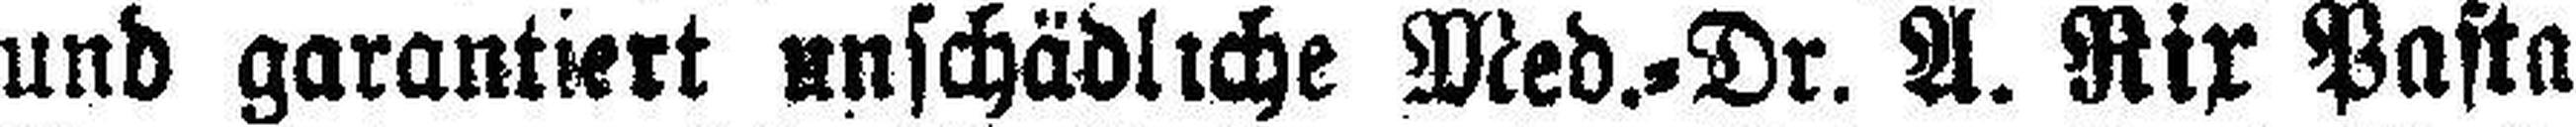
und garantiert unschädliche Med.=Dr. A. Rix Pasta